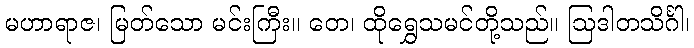
မဟာရာဇ၊ မြတ်သော မင်းကြီး။ တေ၊ ထိုရွှေသမင်တို့သည်။ ဩဒါတသိင်္ဂါ၊